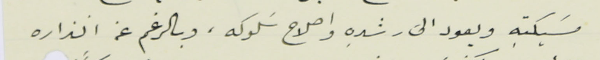
مسَيكتهِ ويعود الى رشدِه واصلاح سَلوكه، وبالرغم عن انذاره